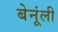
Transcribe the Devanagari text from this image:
बेनूंली